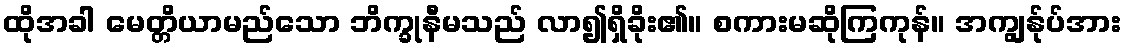
ထိုအခါ မေတ္တိယာမည်သော ဘိက္ခုနီမသည် လာ၍ရှိခိုး၏။ စကားမဆိုကြကုန်။ အကျွန်ုပ်အား